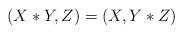
LaTeX: \begin{align*} (X*Y,Z)=(X,Y*Z)\end{align*}